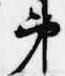
弟